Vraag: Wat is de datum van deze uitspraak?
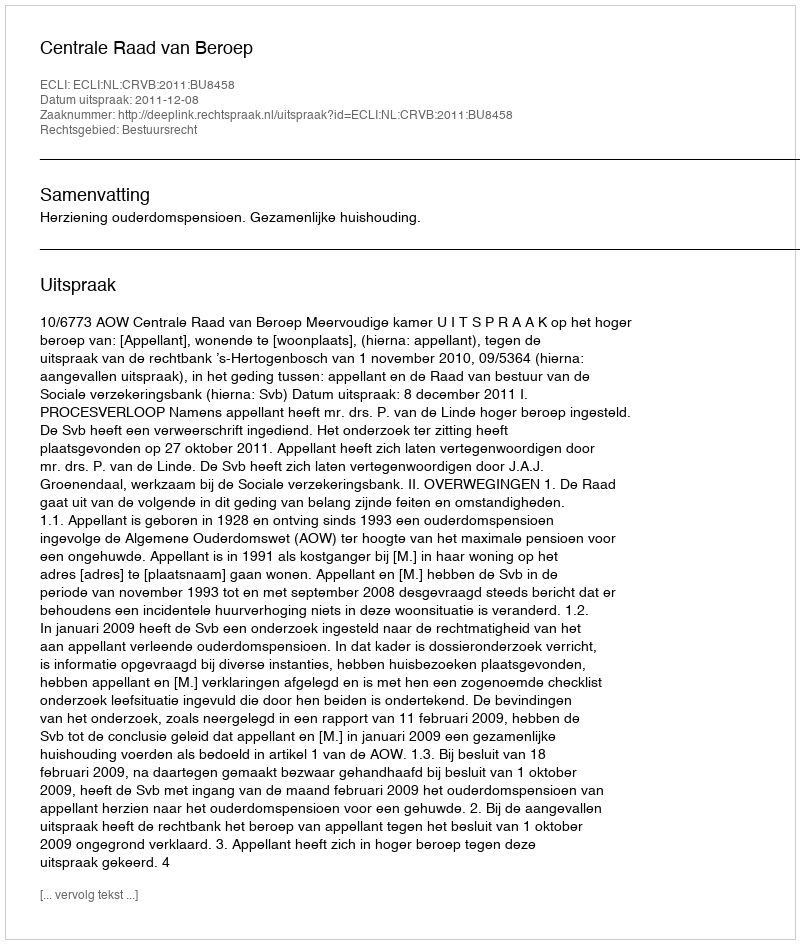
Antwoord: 2011-12-08